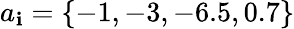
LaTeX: a_{\mathbf{i}}=\{ -1,-3,-6.5,0.7\}